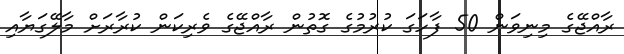
ރާއްޖޭގެ މިނިވަން 50 ފާހަގަ ކުރުމުގެ ގޮތުން ރާއްޖޭގެ ވެރިކަން ކުރާރަށް މާލޭގަޔާއި